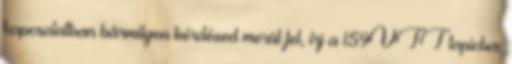
kapcsolatban bármilyen kérdésed merül fel, írj a 159VTT topicba,